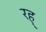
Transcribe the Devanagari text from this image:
रह्